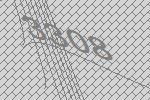
3308